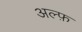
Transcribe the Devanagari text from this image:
अल्फ़